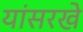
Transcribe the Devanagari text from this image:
यांसरखे